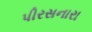
પીરસનારા